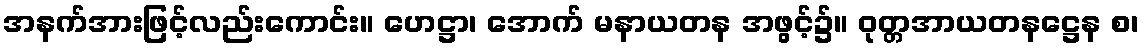
အနက်အားဖြင့်လည်းကောင်း။ ဟေဋ္ဌာ၊ အောက် မနာယတန အဖွင့်၌။ ဝုတ္တအာယတနဋ္ဌေန စ၊